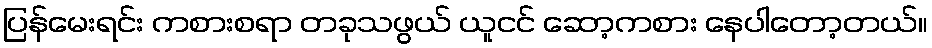
ပြန်မေးရင်း ကစားစရာ တခုသဖွယ် ယူငင် ဆော့ကစား နေပါတော့တယ်။